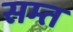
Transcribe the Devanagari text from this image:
सम्त